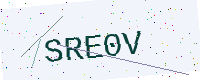
Text: SRE0V